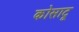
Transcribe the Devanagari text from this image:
कोसाटू